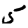
Digit: 5